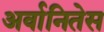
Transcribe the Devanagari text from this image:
अर्वानितेस